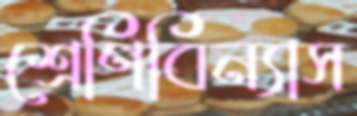
শ্রেণিবিন্যাস